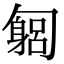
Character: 匔